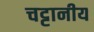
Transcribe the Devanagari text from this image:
चट्टानीय